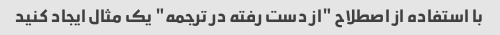
با استفاده از اصطلاح "از دست رفته در ترجمه" یک مثال ایجاد کنید